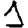
Digit: 1